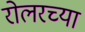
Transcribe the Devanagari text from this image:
रोलरच्या